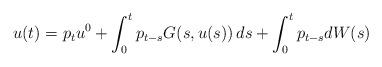
LaTeX: \begin{align*} u(t)=p_t u^0 + \int_0^t p_{t-s}G(s, u(s))\, ds + \int_0^t p_{t-s}dW(s)\end{align*}